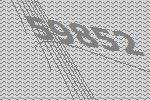
59852